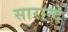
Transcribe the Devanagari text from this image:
सारान्दे